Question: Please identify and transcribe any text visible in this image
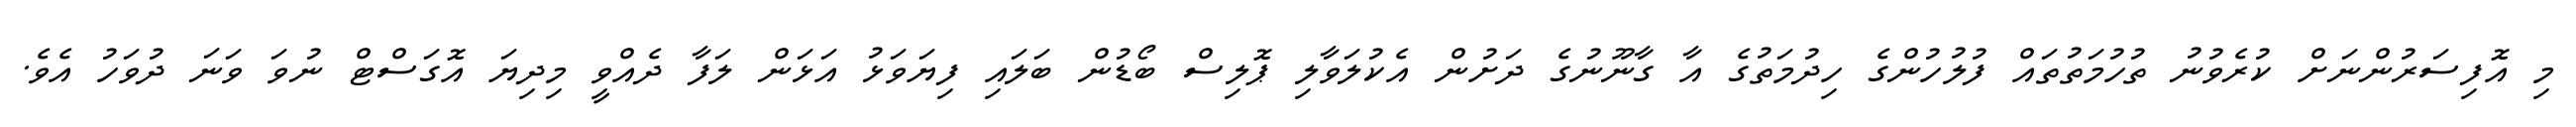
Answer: މި އޮފިސަރުންނަށް ކުރެވުނު ތުހުމަތުތައް ފުލުހުންގެ ހިދުމަތުގެ އާ ގާނޫނުގެ ދަށުން އެކުލަވާލި ޕޮލިސް ބޯޑުން ބަލައި ފިޔަވަޅު އަޅަން ލަފާ ދެއްވީ މިދިޔަ އޮގަސްޓް ނުވަ ވަނަ ދުވަހު އެވެ.